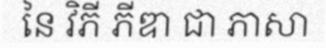
នៃ វិភី ភីឌា ជា ភាសា